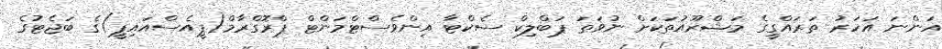
އަންނަ އަހަރު ތަރައްގީގެ މަޝްރޫއުތަކަށް ނުވަތަ ޕަބްލިކް ސެކްޓާ އިންވެސްޓްމަންޓް ޕްރޮގްރާމް(ޕީއެސްއައިޕީ)ގެ ބަޖެޓުގެ